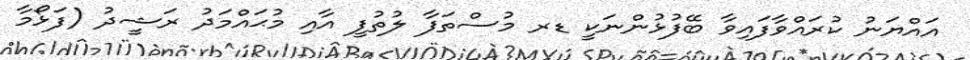
އައްޔަނު ކުރައްވާފައިވާ ބޭފުޅުންނަކީ ޑރ މުސްތަފާ ލުތުފީ އާއި މުޙައްމަދު ރަޝީދު (ފަޅޯމާ